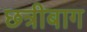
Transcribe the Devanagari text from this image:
छत्रीबाग